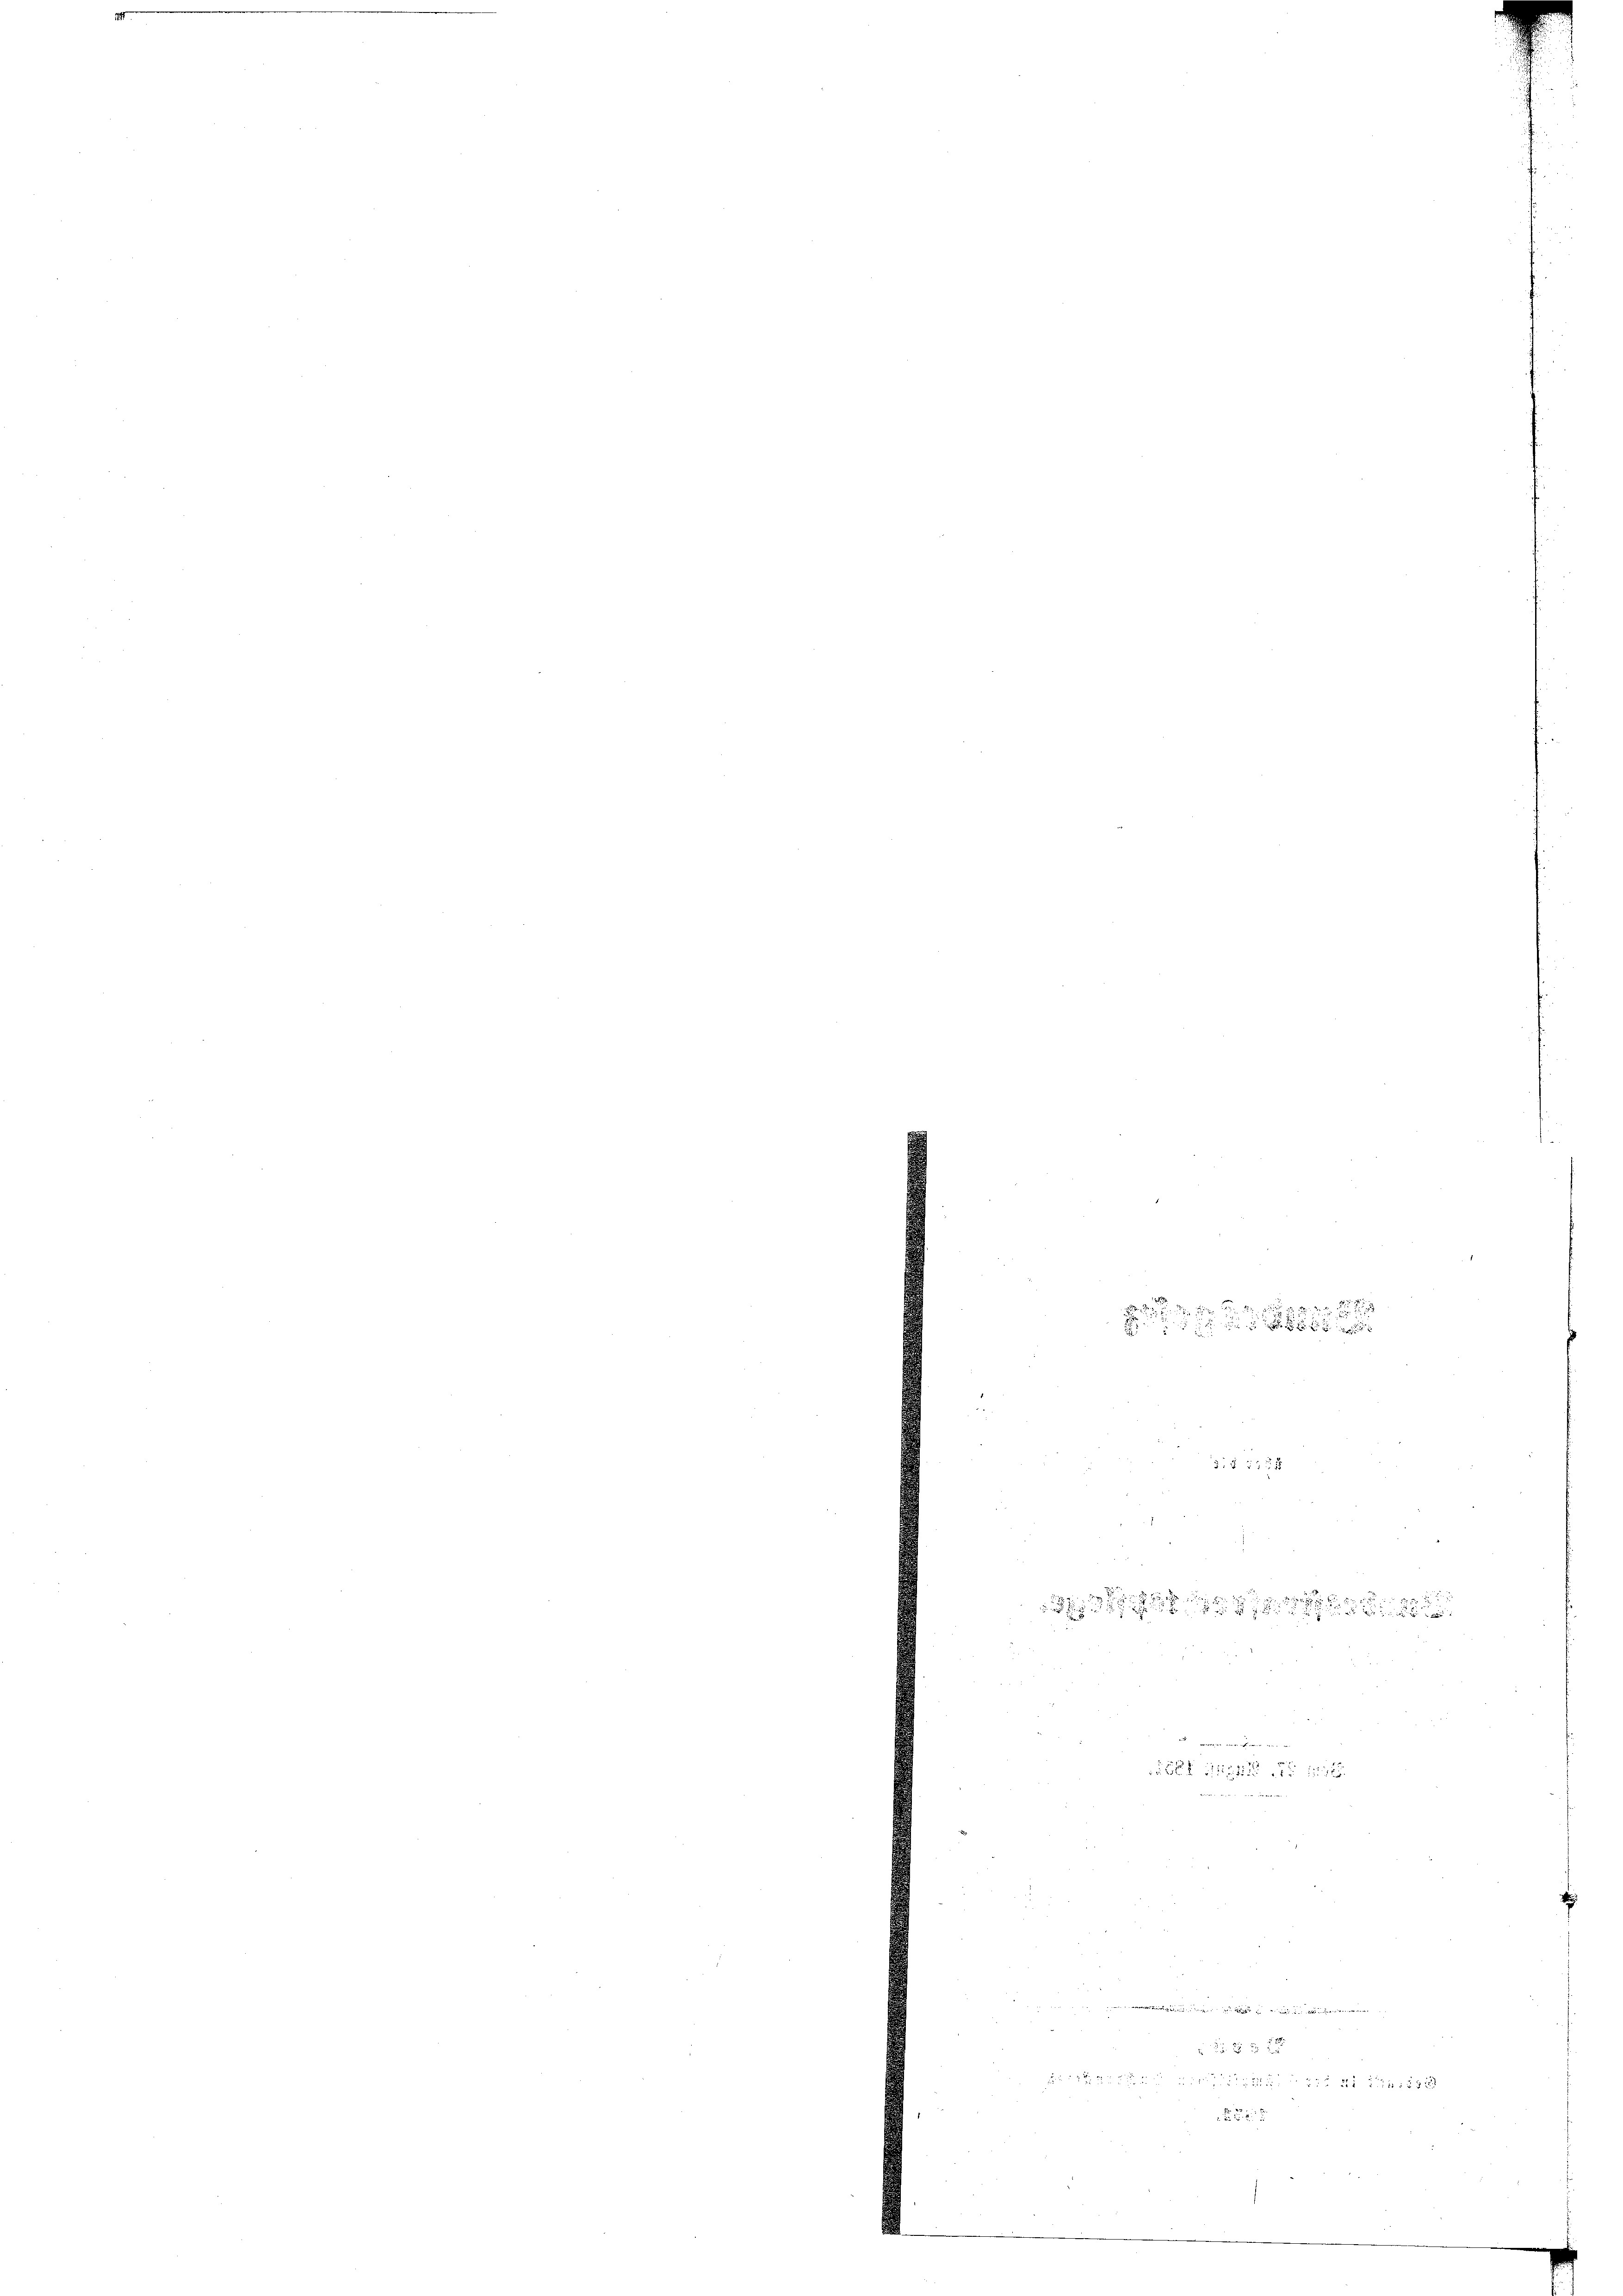
du werden und wollen
       12
.

 x 2 x

 2

20. d. d. d. 2
E
: § 12 x